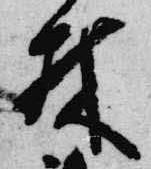
林